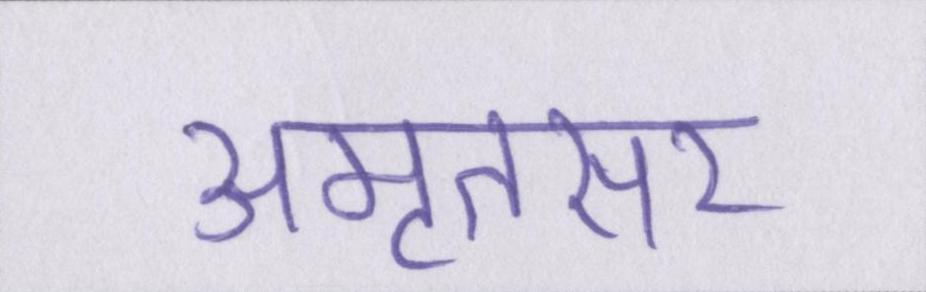
अमृतसर